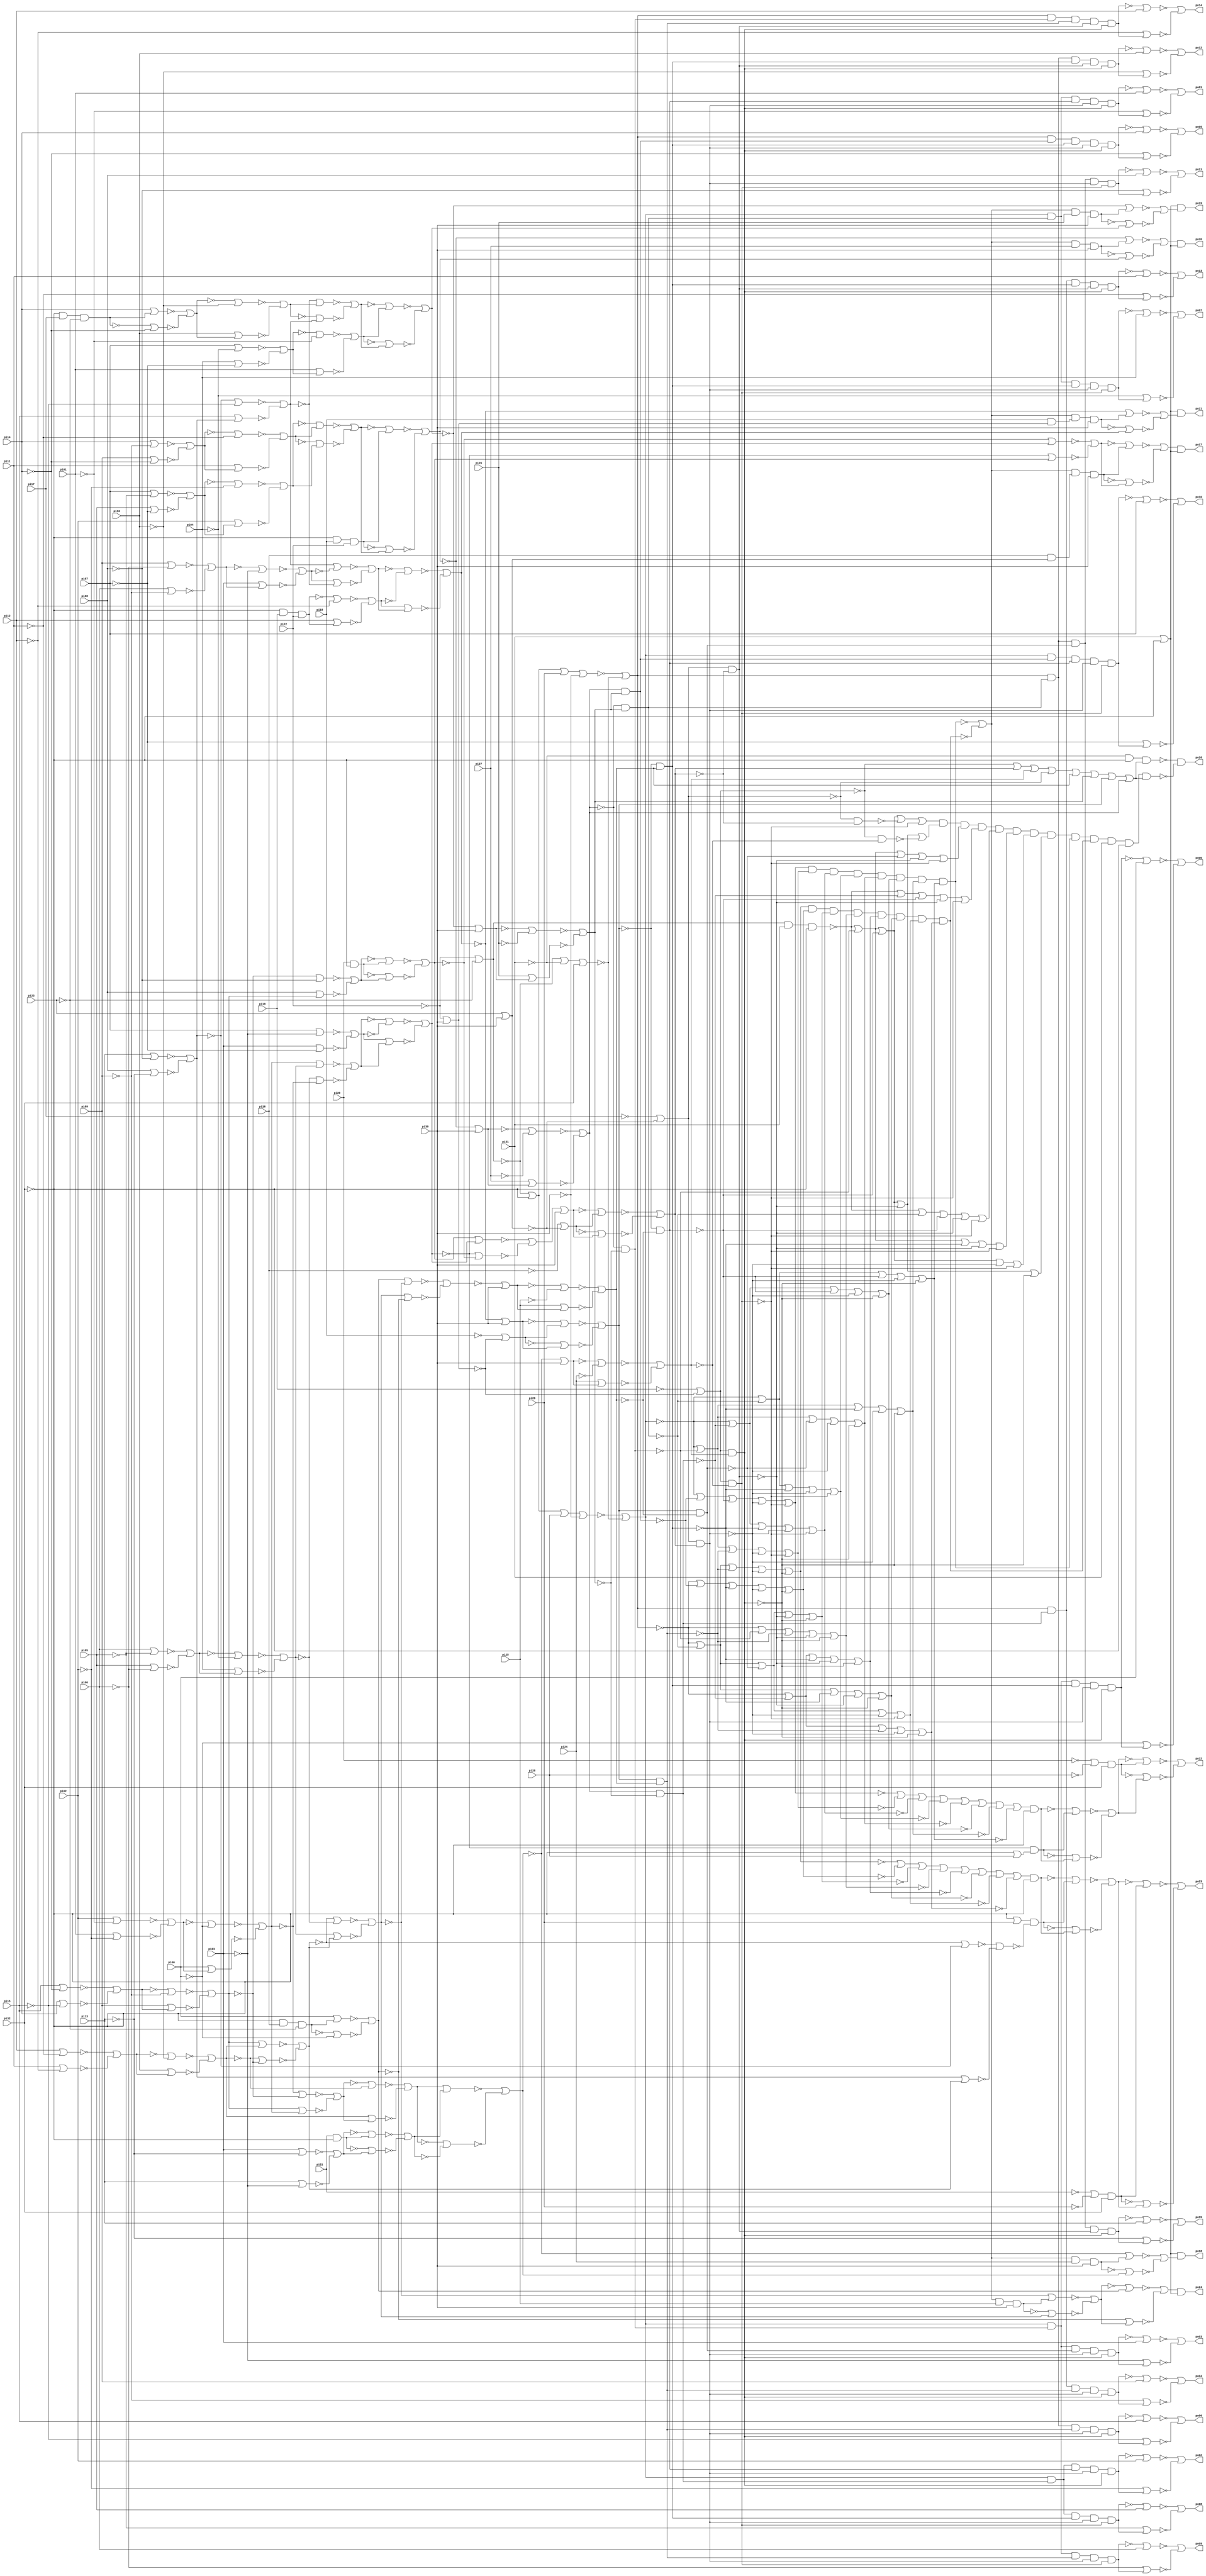
// Benchmark "C1908.iscas" written by ABC on Thu Mar 19 13:02:35 2020

module C1908_iscas  ( 
    pi00, pi01, pi02, pi03, pi04, pi05, pi06, pi07, pi08, pi09, pi10, pi11,
    pi12, pi13, pi14, pi15, pi16, pi17, pi18, pi19, pi20, pi21, pi22, pi23,
    pi24, pi25, pi26, pi27, pi28, pi29, pi30, pi31, pi32,
    po00, po01, po02, po03, po04, po05, po06, po07, po08, po09, po10, po11,
    po12, po13, po14, po15, po16, po17, po18, po19, po20, po21, po22, po23,
    po24  );
  input  pi00, pi01, pi02, pi03, pi04, pi05, pi06, pi07, pi08, pi09,
    pi10, pi11, pi12, pi13, pi14, pi15, pi16, pi17, pi18, pi19, pi20, pi21,
    pi22, pi23, pi24, pi25, pi26, pi27, pi28, pi29, pi30, pi31, pi32;
  output po00, po01, po02, po03, po04, po05, po06, po07, po08, po09, po10,
    po11, po12, po13, po14, po15, po16, po17, po18, po19, po20, po21, po22,
    po23, po24;
  wire new_n59_, new_n60_, new_n61_, new_n62_, new_n63_, new_n64_, new_n65_,
    new_n66_, new_n67_, new_n68_, new_n69_, new_n70_, new_n71_, new_n72_,
    new_n73_, new_n74_, new_n75_, new_n76_, new_n77_, new_n78_, new_n79_,
    new_n80_, new_n81_, new_n82_, new_n83_, new_n84_, new_n85_, new_n86_,
    new_n87_, new_n88_, new_n89_, new_n90_, new_n91_, new_n92_, new_n93_,
    new_n94_, new_n95_, new_n96_, new_n97_, new_n98_, new_n99_, new_n100_,
    new_n101_, new_n102_, new_n103_, new_n104_, new_n105_, new_n106_,
    new_n107_, new_n108_, new_n109_, new_n110_, new_n111_, new_n112_,
    new_n113_, new_n114_, new_n115_, new_n116_, new_n117_, new_n118_,
    new_n119_, new_n120_, new_n121_, new_n122_, new_n123_, new_n124_,
    new_n125_, new_n126_, new_n127_, new_n128_, new_n129_, new_n130_,
    new_n131_, new_n132_, new_n133_, new_n134_, new_n135_, new_n136_,
    new_n137_, new_n138_, new_n139_, new_n140_, new_n141_, new_n142_,
    new_n143_, new_n144_, new_n145_, new_n146_, new_n147_, new_n148_,
    new_n149_, new_n150_, new_n151_, new_n152_, new_n153_, new_n154_,
    new_n155_, new_n156_, new_n157_, new_n158_, new_n159_, new_n160_,
    new_n161_, new_n162_, new_n163_, new_n164_, new_n165_, new_n166_,
    new_n167_, new_n168_, new_n169_, new_n170_, new_n171_, new_n172_,
    new_n173_, new_n174_, new_n175_, new_n176_, new_n177_, new_n178_,
    new_n179_, new_n180_, new_n181_, new_n182_, new_n183_, new_n184_,
    new_n185_, new_n186_, new_n187_, new_n188_, new_n189_, new_n190_,
    new_n191_, new_n192_, new_n193_, new_n194_, new_n195_, new_n196_,
    new_n197_, new_n198_, new_n199_, new_n200_, new_n201_, new_n202_,
    new_n203_, new_n204_, new_n205_, new_n206_, new_n207_, new_n208_,
    new_n209_, new_n210_, new_n211_, new_n212_, new_n213_, new_n214_,
    new_n215_, new_n216_, new_n217_, new_n218_, new_n219_, new_n220_,
    new_n221_, new_n222_, new_n223_, new_n224_, new_n225_, new_n226_,
    new_n227_, new_n228_, new_n229_, new_n230_, new_n231_, new_n232_,
    new_n233_, new_n234_, new_n235_, new_n236_, new_n237_, new_n238_,
    new_n239_, new_n240_, new_n241_, new_n242_, new_n243_, new_n244_,
    new_n245_, new_n246_, new_n247_, new_n248_, new_n249_, new_n250_,
    new_n251_, new_n252_, new_n253_, new_n254_, new_n255_, new_n256_,
    new_n257_, new_n258_, new_n259_, new_n260_, new_n261_, new_n262_,
    new_n263_, new_n264_, new_n265_, new_n266_, new_n267_, new_n268_,
    new_n269_, new_n270_, new_n271_, new_n272_, new_n273_, new_n274_,
    new_n275_, new_n276_, new_n277_, new_n278_, new_n279_, new_n280_,
    new_n281_, new_n282_, new_n283_, new_n284_, new_n285_, new_n286_,
    new_n287_, new_n288_, new_n289_, new_n290_, new_n291_, new_n292_,
    new_n293_, new_n294_, new_n295_, new_n296_, new_n297_, new_n298_,
    new_n299_, new_n300_, new_n301_, new_n302_, new_n303_, new_n304_,
    new_n305_, new_n306_, new_n307_, new_n308_, new_n309_, new_n310_,
    new_n311_, new_n312_, new_n313_, new_n314_, new_n315_, new_n316_,
    new_n317_, new_n318_, new_n319_, new_n320_, new_n321_, new_n322_,
    new_n323_, new_n324_, new_n325_, new_n326_, new_n327_, new_n328_,
    new_n329_, new_n330_, new_n331_, new_n332_, new_n333_, new_n334_,
    new_n335_, new_n336_, new_n337_, new_n338_, new_n339_, new_n340_,
    new_n341_, new_n342_, new_n343_, new_n344_, new_n345_, new_n346_,
    new_n347_, new_n348_, new_n349_, new_n350_, new_n351_, new_n352_,
    new_n353_, new_n354_, new_n355_, new_n356_, new_n357_, new_n358_,
    new_n359_, new_n360_, new_n361_, new_n362_, new_n363_, new_n364_,
    new_n365_, new_n366_, new_n367_, new_n368_, new_n369_, new_n370_,
    new_n371_, new_n372_, new_n373_, new_n374_, new_n375_, new_n376_,
    new_n377_, new_n378_, new_n379_, new_n380_, new_n381_, new_n382_,
    new_n383_, new_n384_, new_n385_, new_n386_, new_n387_, new_n388_,
    new_n389_, new_n390_, new_n391_, new_n392_, new_n393_, new_n394_,
    new_n395_, new_n396_, new_n397_, new_n398_, new_n399_, new_n400_,
    new_n401_, new_n402_, new_n403_, new_n404_, new_n405_, new_n406_,
    new_n407_, new_n408_, new_n409_, new_n410_, new_n411_, new_n412_,
    new_n413_, new_n414_, new_n415_, new_n416_, new_n417_, new_n418_,
    new_n419_, new_n420_, new_n421_, new_n422_, new_n423_, new_n424_,
    new_n425_, new_n426_, new_n427_, new_n428_, new_n429_, new_n430_,
    new_n431_, new_n432_, new_n433_, new_n434_, new_n435_, new_n436_,
    new_n437_, new_n438_, new_n439_, new_n440_, new_n441_, new_n442_,
    new_n443_, new_n444_, new_n445_, new_n446_, new_n447_, new_n448_,
    new_n449_, new_n450_, new_n451_, new_n452_, new_n453_, new_n454_,
    new_n455_, new_n456_, new_n457_, new_n458_, new_n459_, new_n460_,
    new_n461_, new_n462_, new_n463_, new_n464_, new_n465_, new_n466_,
    new_n467_, new_n468_, new_n469_, new_n470_, new_n471_, new_n472_,
    new_n473_, new_n474_, new_n475_, new_n476_, new_n477_, new_n478_,
    new_n479_, new_n480_, new_n481_, new_n482_, new_n483_, new_n484_,
    new_n485_, new_n486_, new_n487_, new_n488_, new_n489_, new_n490_,
    new_n491_, new_n492_, new_n493_, new_n494_, new_n495_, new_n496_,
    new_n497_, new_n498_, new_n499_, new_n500_, new_n501_, new_n502_,
    new_n503_, new_n504_, new_n505_, new_n506_, new_n507_, new_n508_,
    new_n509_, new_n510_, new_n511_, new_n512_, new_n513_, new_n514_,
    new_n515_, new_n516_, new_n517_, new_n518_, new_n519_, new_n520_,
    new_n521_, new_n522_, new_n523_, new_n524_, new_n525_, new_n526_,
    new_n527_, new_n528_, new_n529_, new_n530_, new_n531_, new_n532_,
    new_n533_, new_n534_, new_n535_, new_n536_, new_n537_, new_n538_,
    new_n539_, new_n540_, new_n541_, new_n542_, new_n543_, new_n544_,
    new_n545_, new_n546_, new_n547_, new_n548_, new_n549_, new_n550_,
    new_n551_, new_n552_, new_n553_, new_n554_, new_n555_, new_n556_,
    new_n557_, new_n558_, new_n559_, new_n560_, new_n561_, new_n562_,
    new_n563_, new_n564_, new_n565_, new_n566_, new_n567_, new_n568_,
    new_n569_, new_n570_, new_n571_, new_n572_, new_n573_, new_n574_,
    new_n575_, new_n576_, new_n577_, new_n578_, new_n579_, new_n580_,
    new_n581_, new_n582_, new_n583_, new_n584_, new_n585_, new_n586_,
    new_n587_, new_n588_, new_n589_, new_n590_, new_n591_, new_n592_,
    new_n593_, new_n594_, new_n595_, new_n596_, new_n597_, new_n598_,
    new_n599_, new_n600_, new_n601_, new_n602_, new_n603_, new_n604_,
    new_n605_, new_n606_, new_n607_, new_n608_, new_n609_, new_n610_,
    new_n611_, new_n612_, new_n613_, new_n614_, new_n615_, new_n616_,
    new_n617_, new_n618_, new_n619_, new_n620_, new_n621_, new_n622_,
    new_n623_, new_n624_, new_n625_, new_n626_, new_n627_, new_n628_,
    new_n629_, new_n630_, new_n631_, new_n632_, new_n633_, new_n634_,
    new_n635_, new_n636_, new_n637_, new_n638_, new_n639_, new_n640_,
    new_n641_, new_n642_, new_n643_, new_n644_, new_n645_, new_n646_,
    new_n647_, new_n648_, new_n649_, new_n650_, new_n651_, new_n652_,
    new_n653_, new_n654_, new_n655_, new_n656_, new_n657_, new_n658_,
    new_n659_, new_n660_, new_n661_, new_n662_, new_n663_, new_n664_,
    new_n665_, new_n666_, new_n667_, new_n668_, new_n669_, new_n670_,
    new_n671_, new_n672_, new_n673_, new_n674_, new_n675_, new_n676_,
    new_n677_, new_n678_, new_n679_, new_n680_, new_n681_, new_n682_,
    new_n683_, new_n684_, new_n685_, new_n686_, new_n687_, new_n688_,
    new_n689_, new_n690_, new_n691_, new_n692_, new_n693_, new_n694_,
    new_n695_, new_n696_, new_n697_, new_n698_, new_n699_, new_n700_,
    new_n701_, new_n702_, new_n703_, new_n704_, new_n705_, new_n706_,
    new_n707_, new_n708_, new_n709_, new_n710_, new_n711_, new_n712_,
    new_n713_, new_n714_, new_n715_, new_n716_, new_n717_, new_n718_,
    new_n719_, new_n720_, new_n721_, new_n722_, new_n723_, new_n724_,
    new_n725_, new_n726_, new_n727_, new_n728_, new_n729_, new_n730_,
    new_n731_, new_n732_, new_n733_, new_n734_, new_n735_, new_n736_,
    new_n737_, new_n738_, new_n739_, new_n740_, new_n741_, new_n742_,
    new_n743_, new_n744_, new_n745_, new_n746_, new_n747_, new_n748_,
    new_n749_, new_n750_, new_n751_, new_n752_, new_n753_, new_n754_,
    new_n755_, new_n756_, new_n757_, new_n758_, new_n759_, new_n760_,
    new_n761_, new_n762_, new_n763_, new_n764_, new_n765_, new_n766_,
    new_n767_, new_n768_, new_n769_, new_n770_, new_n771_, new_n772_,
    new_n773_, new_n774_, new_n775_, new_n776_, new_n777_, new_n778_,
    new_n779_, new_n780_, new_n781_, new_n782_, new_n783_, new_n784_,
    new_n785_, new_n786_, new_n787_, new_n788_, new_n789_, new_n790_,
    new_n791_, new_n792_, new_n793_, new_n794_, new_n795_, new_n796_,
    new_n797_, new_n798_, new_n799_, new_n800_, new_n801_, new_n802_,
    new_n803_, new_n804_, new_n805_, new_n806_, new_n807_, new_n808_,
    new_n809_, new_n810_, new_n811_, new_n812_, new_n813_, new_n814_,
    new_n815_, new_n816_, new_n817_, new_n818_, new_n819_, new_n820_,
    new_n821_, new_n822_, new_n823_, new_n824_, new_n825_, new_n826_,
    new_n827_, new_n828_, new_n829_, new_n830_, new_n831_, new_n832_,
    new_n833_, new_n834_, new_n835_, new_n836_, new_n837_, new_n838_,
    new_n839_, new_n840_, new_n841_, new_n842_, new_n843_, new_n844_,
    new_n845_, new_n846_, new_n847_, new_n848_, new_n849_, new_n850_,
    new_n851_, new_n852_, new_n853_, new_n854_, new_n855_, new_n856_,
    new_n857_, new_n858_, new_n859_, new_n860_, new_n861_, new_n862_,
    new_n863_, new_n864_, new_n865_, new_n866_, new_n867_, new_n868_,
    new_n869_, new_n870_, new_n871_, new_n872_, new_n873_, new_n874_,
    new_n875_, new_n893_, new_n894_, new_n895_, new_n896_, new_n897_,
    new_n898_, new_n899_, new_n900_, new_n901_, new_n902_, new_n903_,
    new_n904_, new_n905_, new_n906_, new_n907_, new_n908_, new_n909_,
    new_n910_, new_n911_, new_n912_, new_n913_, new_n914_, new_n915_,
    new_n916_, new_n917_, new_n918_, new_n919_, new_n920_, new_n921_,
    new_n922_, new_n923_, new_n924_, new_n930_, new_n931_, new_n932_,
    new_n933_, new_n936_, new_n937_;
  assign new_n59_ = ~pi32;
  assign new_n60_ = pi32;
  assign new_n61_ = pi32;
  assign new_n62_ = ~pi32;
  assign new_n63_ = pi32;
  assign new_n64_ = ~pi32;
  assign new_n65_ = ~pi32;
  assign new_n66_ = ~pi31;
  assign new_n67_ = ~pi31;
  assign new_n68_ = pi31;
  assign new_n69_ = ~pi30;
  assign new_n70_ = pi30;
  assign new_n71_ = ~pi30;
  assign new_n72_ = pi30;
  assign new_n73_ = ~pi29;
  assign new_n74_ = ~pi28;
  assign new_n75_ = ~pi27;
  assign new_n76_ = ~pi26;
  assign new_n77_ = ~pi25;
  assign new_n78_ = ~pi24;
  assign new_n79_ = ~pi23;
  assign new_n80_ = ~pi23;
  assign new_n81_ = pi22;
  assign new_n82_ = pi22;
  assign new_n83_ = ~pi21 | ~pi29;
  assign new_n84_ = ~pi20 | ~pi28;
  assign new_n85_ = ~pi15;
  assign new_n86_ = pi15;
  assign new_n87_ = ~pi14;
  assign new_n88_ = pi14;
  assign new_n89_ = ~pi13;
  assign new_n90_ = pi13;
  assign new_n91_ = ~pi12;
  assign new_n92_ = pi12;
  assign new_n93_ = ~pi11;
  assign new_n94_ = pi11;
  assign new_n95_ = ~pi10;
  assign new_n96_ = pi10;
  assign new_n97_ = ~pi09;
  assign new_n98_ = pi09;
  assign new_n99_ = ~pi08;
  assign new_n100_ = pi08;
  assign new_n101_ = ~pi07;
  assign new_n102_ = pi07;
  assign new_n103_ = ~pi06;
  assign new_n104_ = pi06;
  assign new_n105_ = ~pi05;
  assign new_n106_ = pi05;
  assign new_n107_ = ~pi04;
  assign new_n108_ = pi04;
  assign new_n109_ = ~pi03;
  assign new_n110_ = pi03;
  assign new_n111_ = ~pi02;
  assign new_n112_ = pi02;
  assign new_n113_ = ~pi01;
  assign new_n114_ = pi01;
  assign new_n115_ = ~pi00;
  assign new_n116_ = pi00;
  assign new_n117_ = ~new_n67_ | ~new_n60_;
  assign new_n118_ = ~new_n67_ | ~new_n60_;
  assign new_n119_ = ~new_n67_ | ~new_n60_;
  assign new_n120_ = ~new_n67_ | ~new_n60_;
  assign new_n121_ = ~new_n67_ | ~new_n60_;
  assign new_n122_ = ~new_n67_ | ~new_n60_;
  assign new_n123_ = ~new_n61_ | ~new_n74_;
  assign new_n124_ = ~new_n61_ | ~new_n73_;
  assign new_n125_ = new_n84_ & new_n63_;
  assign new_n126_ = new_n83_ & new_n63_;
  assign new_n127_ = ~new_n81_ | ~new_n69_;
  assign new_n128_ = ~new_n79_ | ~new_n69_;
  assign new_n129_ = new_n75_;
  assign new_n130_ = new_n75_;
  assign new_n131_ = new_n76_;
  assign new_n132_ = new_n76_;
  assign new_n133_ = new_n77_;
  assign new_n134_ = new_n77_;
  assign new_n135_ = new_n78_;
  assign new_n136_ = new_n78_;
  assign new_n137_ = ~new_n81_ | ~pi23;
  assign new_n138_ = pi21 & new_n62_;
  assign new_n139_ = pi20 & new_n62_;
  assign new_n140_ = new_n62_ & pi19 & new_n82_;
  assign new_n141_ = new_n62_ & pi18 & new_n82_;
  assign new_n142_ = new_n62_ & pi17 & new_n80_;
  assign new_n143_ = new_n62_ & pi16 & new_n80_;
  assign new_n144_ = new_n85_;
  assign new_n145_ = new_n85_;
  assign new_n146_ = new_n85_;
  assign new_n147_ = ~new_n86_;
  assign new_n148_ = new_n87_;
  assign new_n149_ = new_n87_;
  assign new_n150_ = new_n87_;
  assign new_n151_ = ~new_n88_;
  assign new_n152_ = new_n89_;
  assign new_n153_ = new_n89_;
  assign new_n154_ = new_n89_;
  assign new_n155_ = ~new_n90_;
  assign new_n156_ = new_n91_;
  assign new_n157_ = new_n91_;
  assign new_n158_ = new_n91_;
  assign new_n159_ = ~new_n92_;
  assign new_n160_ = new_n93_;
  assign new_n161_ = new_n93_;
  assign new_n162_ = ~new_n94_;
  assign new_n163_ = new_n95_;
  assign new_n164_ = new_n95_;
  assign new_n165_ = ~new_n96_;
  assign new_n166_ = new_n97_;
  assign new_n167_ = new_n97_;
  assign new_n168_ = new_n97_;
  assign new_n169_ = ~new_n98_;
  assign new_n170_ = new_n99_;
  assign new_n171_ = new_n99_;
  assign new_n172_ = new_n99_;
  assign new_n173_ = new_n99_;
  assign new_n174_ = ~new_n100_;
  assign new_n175_ = new_n101_;
  assign new_n176_ = new_n101_;
  assign new_n177_ = new_n101_;
  assign new_n178_ = ~new_n102_;
  assign new_n179_ = new_n103_;
  assign new_n180_ = new_n103_;
  assign new_n181_ = new_n103_;
  assign new_n182_ = ~new_n104_;
  assign new_n183_ = new_n105_;
  assign new_n184_ = new_n105_;
  assign new_n185_ = ~new_n106_;
  assign new_n186_ = new_n107_;
  assign new_n187_ = new_n107_;
  assign new_n188_ = ~new_n108_;
  assign new_n189_ = new_n109_;
  assign new_n190_ = new_n109_;
  assign new_n191_ = new_n109_;
  assign new_n192_ = new_n109_;
  assign new_n193_ = ~new_n110_;
  assign new_n194_ = new_n111_;
  assign new_n195_ = new_n111_;
  assign new_n196_ = new_n111_;
  assign new_n197_ = ~new_n112_;
  assign new_n198_ = new_n113_;
  assign new_n199_ = new_n113_;
  assign new_n200_ = ~new_n114_;
  assign new_n201_ = new_n115_;
  assign new_n202_ = new_n115_;
  assign new_n203_ = new_n115_;
  assign new_n204_ = ~new_n116_;
  assign new_n205_ = new_n137_ & new_n68_ & new_n59_;
  assign new_n206_ = ~new_n137_ | ~new_n68_ | ~new_n59_;
  assign new_n207_ = ~new_n137_ | ~new_n61_ | ~new_n74_ | ~new_n70_;
  assign new_n208_ = ~new_n137_ | ~new_n61_ | ~new_n73_ | ~new_n70_;
  assign new_n209_ = ~new_n125_;
  assign new_n210_ = ~new_n126_;
  assign new_n211_ = ~new_n129_;
  assign new_n212_ = ~new_n130_;
  assign new_n213_ = ~new_n131_;
  assign new_n214_ = ~new_n132_;
  assign new_n215_ = ~new_n133_;
  assign new_n216_ = ~new_n134_;
  assign new_n217_ = ~new_n135_;
  assign new_n218_ = ~new_n136_;
  assign new_n219_ = new_n138_;
  assign new_n220_ = new_n138_;
  assign new_n221_ = new_n139_;
  assign new_n222_ = new_n139_;
  assign new_n223_ = ~pi19 | ~new_n127_;
  assign new_n224_ = ~new_n140_;
  assign new_n225_ = ~pi18 | ~new_n127_;
  assign new_n226_ = pi18 & new_n127_;
  assign new_n227_ = ~new_n141_;
  assign new_n228_ = ~pi17 | ~new_n128_;
  assign new_n229_ = ~new_n142_;
  assign new_n230_ = ~pi16 | ~new_n128_;
  assign new_n231_ = pi16 & new_n128_;
  assign new_n232_ = new_n143_;
  assign new_n233_ = new_n143_;
  assign new_n234_ = ~new_n144_;
  assign new_n235_ = ~new_n145_;
  assign new_n236_ = new_n146_;
  assign new_n237_ = new_n146_;
  assign new_n238_ = new_n148_;
  assign new_n239_ = new_n148_;
  assign new_n240_ = ~new_n149_;
  assign new_n241_ = ~new_n150_;
  assign new_n242_ = new_n152_;
  assign new_n243_ = new_n152_;
  assign new_n244_ = ~new_n153_;
  assign new_n245_ = new_n154_;
  assign new_n246_ = new_n154_;
  assign new_n247_ = ~new_n156_;
  assign new_n248_ = ~new_n157_;
  assign new_n249_ = ~new_n158_;
  assign new_n250_ = new_n160_;
  assign new_n251_ = new_n160_;
  assign new_n252_ = ~new_n161_;
  assign new_n253_ = new_n163_;
  assign new_n254_ = new_n163_;
  assign new_n255_ = ~new_n164_;
  assign new_n256_ = new_n166_;
  assign new_n257_ = new_n166_;
  assign new_n258_ = ~new_n167_;
  assign new_n259_ = ~new_n168_;
  assign new_n260_ = new_n170_;
  assign new_n261_ = new_n170_;
  assign new_n262_ = ~new_n171_;
  assign new_n263_ = ~new_n172_;
  assign new_n264_ = ~new_n173_;
  assign new_n265_ = ~new_n175_;
  assign new_n266_ = ~new_n176_;
  assign new_n267_ = ~new_n177_;
  assign new_n268_ = ~new_n179_;
  assign new_n269_ = ~new_n180_;
  assign new_n270_ = ~new_n181_;
  assign new_n271_ = new_n183_;
  assign new_n272_ = new_n183_;
  assign new_n273_ = ~new_n184_;
  assign new_n274_ = new_n186_;
  assign new_n275_ = new_n186_;
  assign new_n276_ = ~new_n187_;
  assign new_n277_ = ~new_n189_;
  assign new_n278_ = ~new_n190_;
  assign new_n279_ = ~new_n191_;
  assign new_n280_ = ~new_n192_;
  assign new_n281_ = ~new_n194_;
  assign new_n282_ = ~new_n195_;
  assign new_n283_ = ~new_n196_;
  assign new_n284_ = new_n198_;
  assign new_n285_ = new_n198_;
  assign new_n286_ = ~new_n199_;
  assign new_n287_ = new_n201_;
  assign new_n288_ = new_n201_;
  assign new_n289_ = ~new_n202_;
  assign new_n290_ = ~new_n203_;
  assign new_n291_ = ~new_n207_ | ~new_n206_;
  assign new_n292_ = ~new_n208_ | ~new_n206_;
  assign new_n293_ = ~new_n219_;
  assign new_n294_ = ~new_n220_;
  assign new_n295_ = ~new_n221_;
  assign new_n296_ = ~new_n222_;
  assign new_n297_ = ~new_n223_;
  assign new_n298_ = new_n223_;
  assign new_n299_ = ~new_n140_ | ~new_n249_;
  assign new_n300_ = new_n225_;
  assign new_n301_ = new_n225_;
  assign new_n302_ = ~new_n228_;
  assign new_n303_ = new_n228_;
  assign new_n304_ = ~new_n142_ | ~new_n240_;
  assign new_n305_ = new_n230_;
  assign new_n306_ = new_n230_;
  assign new_n307_ = ~new_n232_;
  assign new_n308_ = ~new_n232_ | ~new_n289_;
  assign new_n309_ = ~new_n233_ | ~new_n290_;
  assign new_n310_ = ~new_n233_;
  assign new_n311_ = ~new_n238_ | ~new_n234_;
  assign new_n312_ = ~new_n239_ | ~new_n235_;
  assign new_n313_ = ~new_n236_;
  assign new_n314_ = ~new_n237_;
  assign new_n315_ = ~new_n238_;
  assign new_n316_ = ~new_n239_;
  assign new_n317_ = ~new_n149_ | ~new_n229_;
  assign new_n318_ = ~new_n150_ | ~new_n258_;
  assign new_n319_ = ~new_n242_ | ~new_n278_;
  assign new_n320_ = ~new_n242_;
  assign new_n321_ = ~new_n243_ | ~new_n279_;
  assign new_n322_ = ~new_n243_;
  assign new_n323_ = ~new_n153_ | ~new_n262_;
  assign new_n324_ = ~new_n245_ | ~new_n263_;
  assign new_n325_ = ~new_n245_;
  assign new_n326_ = ~new_n246_ | ~new_n264_;
  assign new_n327_ = ~new_n246_;
  assign new_n328_ = ~new_n250_ | ~new_n247_;
  assign new_n329_ = ~new_n251_ | ~new_n248_;
  assign new_n330_ = ~new_n158_ | ~new_n224_;
  assign new_n331_ = ~new_n250_;
  assign new_n332_ = ~new_n251_;
  assign new_n333_ = ~new_n253_;
  assign new_n334_ = ~new_n254_;
  assign new_n335_ = ~new_n256_;
  assign new_n336_ = ~new_n257_;
  assign new_n337_ = ~new_n167_ | ~new_n241_;
  assign new_n338_ = ~new_n168_ | ~new_n270_;
  assign new_n339_ = ~new_n260_;
  assign new_n340_ = ~new_n261_;
  assign new_n341_ = ~new_n171_ | ~new_n244_;
  assign new_n342_ = ~new_n175_ | ~new_n277_;
  assign new_n343_ = ~new_n176_ | ~new_n276_;
  assign new_n344_ = ~new_n177_ | ~new_n273_;
  assign new_n345_ = ~new_n271_ | ~new_n268_;
  assign new_n346_ = ~new_n272_ | ~new_n269_;
  assign new_n347_ = ~new_n181_ | ~new_n259_;
  assign new_n348_ = ~new_n271_;
  assign new_n349_ = ~new_n272_;
  assign new_n350_ = ~new_n184_ | ~new_n267_;
  assign new_n351_ = ~new_n274_;
  assign new_n352_ = ~new_n275_;
  assign new_n353_ = ~new_n187_ | ~new_n266_;
  assign new_n354_ = ~new_n189_ | ~new_n265_;
  assign new_n355_ = ~new_n284_ | ~new_n281_;
  assign new_n356_ = ~new_n285_ | ~new_n282_;
  assign new_n357_ = ~new_n284_;
  assign new_n358_ = ~new_n285_;
  assign new_n359_ = ~new_n287_;
  assign new_n360_ = ~new_n288_;
  assign new_n361_ = ~new_n299_ | ~new_n330_;
  assign new_n362_ = ~new_n300_;
  assign new_n363_ = ~new_n301_;
  assign new_n364_ = ~new_n317_ | ~new_n304_;
  assign new_n365_ = ~new_n305_;
  assign new_n366_ = ~new_n306_;
  assign new_n367_ = ~new_n144_ | ~new_n315_;
  assign new_n368_ = ~new_n145_ | ~new_n316_;
  assign new_n369_ = ~new_n318_ | ~new_n337_;
  assign new_n370_ = ~new_n323_ | ~new_n341_;
  assign new_n371_ = ~new_n156_ | ~new_n331_;
  assign new_n372_ = ~new_n157_ | ~new_n332_;
  assign new_n373_ = ~new_n338_ | ~new_n347_;
  assign new_n374_ = ~new_n172_ | ~new_n325_;
  assign new_n375_ = ~new_n173_ | ~new_n327_;
  assign new_n376_ = ~new_n342_ | ~new_n354_;
  assign new_n377_ = ~new_n343_ | ~new_n353_;
  assign new_n378_ = ~new_n344_ | ~new_n350_;
  assign new_n379_ = ~new_n179_ | ~new_n348_;
  assign new_n380_ = ~new_n180_ | ~new_n349_;
  assign new_n381_ = ~new_n190_ | ~new_n320_;
  assign new_n382_ = ~new_n191_ | ~new_n322_;
  assign new_n383_ = ~new_n194_ | ~new_n357_;
  assign new_n384_ = ~new_n195_ | ~new_n358_;
  assign new_n385_ = ~new_n202_ | ~new_n307_;
  assign new_n386_ = ~new_n203_ | ~new_n310_;
  assign new_n387_ = ~new_n361_;
  assign new_n388_ = ~new_n364_;
  assign new_n389_ = ~new_n385_ | ~new_n308_;
  assign new_n390_ = ~new_n386_ | ~new_n309_;
  assign new_n391_ = ~new_n367_ | ~new_n311_;
  assign new_n392_ = ~new_n368_ | ~new_n312_;
  assign new_n393_ = ~new_n369_;
  assign new_n394_ = ~new_n381_ | ~new_n319_;
  assign new_n395_ = ~new_n382_ | ~new_n321_;
  assign new_n396_ = ~new_n370_;
  assign new_n397_ = ~new_n374_ | ~new_n324_;
  assign new_n398_ = ~new_n375_ | ~new_n326_;
  assign new_n399_ = ~new_n371_ | ~new_n328_;
  assign new_n400_ = ~new_n372_ | ~new_n329_;
  assign new_n401_ = ~new_n369_ | ~new_n252_;
  assign new_n402_ = ~new_n364_ | ~new_n255_;
  assign new_n403_ = ~new_n373_;
  assign new_n404_ = ~new_n376_;
  assign new_n405_ = ~new_n377_;
  assign new_n406_ = ~new_n378_;
  assign new_n407_ = ~new_n379_ | ~new_n345_;
  assign new_n408_ = ~new_n380_ | ~new_n346_;
  assign new_n409_ = ~new_n373_ | ~new_n280_;
  assign new_n410_ = ~new_n383_ | ~new_n355_;
  assign new_n411_ = ~new_n384_ | ~new_n356_;
  assign new_n412_ = ~new_n378_ | ~new_n283_;
  assign new_n413_ = ~new_n377_ | ~new_n286_;
  assign new_n414_ = ~new_n394_ | ~new_n293_;
  assign new_n415_ = ~new_n395_ | ~new_n294_;
  assign new_n416_ = ~new_n387_;
  assign new_n417_ = ~new_n389_;
  assign new_n418_ = ~new_n390_;
  assign new_n419_ = ~new_n391_;
  assign new_n420_ = ~new_n392_;
  assign new_n421_ = ~new_n397_ | ~new_n313_;
  assign new_n422_ = ~new_n398_ | ~new_n314_;
  assign new_n423_ = ~new_n394_;
  assign new_n424_ = ~new_n395_;
  assign new_n425_ = ~new_n396_;
  assign new_n426_ = ~new_n397_;
  assign new_n427_ = ~new_n398_;
  assign new_n428_ = ~new_n399_;
  assign new_n429_ = ~new_n400_;
  assign new_n430_ = ~new_n161_ | ~new_n393_;
  assign new_n431_ = ~new_n399_ | ~new_n333_;
  assign new_n432_ = ~new_n400_ | ~new_n334_;
  assign new_n433_ = ~new_n164_ | ~new_n388_;
  assign new_n434_ = ~new_n391_ | ~new_n335_;
  assign new_n435_ = ~new_n392_ | ~new_n336_;
  assign new_n436_ = new_n404_;
  assign new_n437_ = new_n404_;
  assign new_n438_ = ~new_n407_;
  assign new_n439_ = ~new_n408_;
  assign new_n440_ = ~new_n407_ | ~new_n351_;
  assign new_n441_ = ~new_n408_ | ~new_n352_;
  assign new_n442_ = ~new_n192_ | ~new_n403_;
  assign new_n443_ = ~new_n410_;
  assign new_n444_ = ~new_n411_;
  assign new_n445_ = ~new_n196_ | ~new_n406_;
  assign new_n446_ = ~new_n199_ | ~new_n405_;
  assign new_n447_ = ~new_n410_ | ~new_n359_;
  assign new_n448_ = ~new_n411_ | ~new_n360_;
  assign new_n449_ = ~new_n219_ | ~new_n423_;
  assign new_n450_ = ~new_n220_ | ~new_n424_;
  assign new_n451_ = ~new_n418_;
  assign new_n452_ = ~new_n236_ | ~new_n426_;
  assign new_n453_ = ~new_n237_ | ~new_n427_;
  assign new_n454_ = ~new_n401_ | ~new_n430_;
  assign new_n455_ = ~new_n253_ | ~new_n428_;
  assign new_n456_ = ~new_n254_ | ~new_n429_;
  assign new_n457_ = ~new_n402_ | ~new_n433_;
  assign new_n458_ = ~new_n256_ | ~new_n419_;
  assign new_n459_ = ~new_n257_ | ~new_n420_;
  assign new_n460_ = ~new_n436_;
  assign new_n461_ = ~new_n437_;
  assign new_n462_ = ~new_n274_ | ~new_n438_;
  assign new_n463_ = ~new_n275_ | ~new_n439_;
  assign new_n464_ = ~new_n409_ | ~new_n442_;
  assign new_n465_ = ~new_n412_ | ~new_n445_;
  assign new_n466_ = ~new_n413_ | ~new_n446_;
  assign new_n467_ = ~new_n287_ | ~new_n443_;
  assign new_n468_ = ~new_n288_ | ~new_n444_;
  assign new_n469_ = ~new_n414_ | ~new_n449_;
  assign new_n470_ = ~new_n415_ | ~new_n450_;
  assign new_n471_ = ~new_n421_ | ~new_n452_;
  assign new_n472_ = ~new_n422_ | ~new_n453_;
  assign new_n473_ = ~new_n454_;
  assign new_n474_ = ~new_n431_ | ~new_n455_;
  assign new_n475_ = ~new_n432_ | ~new_n456_;
  assign new_n476_ = ~new_n457_;
  assign new_n477_ = ~new_n434_ | ~new_n458_;
  assign new_n478_ = ~new_n435_ | ~new_n459_;
  assign new_n479_ = ~new_n440_ | ~new_n462_;
  assign new_n480_ = ~new_n441_ | ~new_n463_;
  assign new_n481_ = ~new_n464_;
  assign new_n482_ = ~new_n465_;
  assign new_n483_ = ~new_n466_;
  assign new_n484_ = ~new_n447_ | ~new_n467_;
  assign new_n485_ = ~new_n448_ | ~new_n468_;
  assign new_n486_ = ~new_n469_;
  assign new_n487_ = ~new_n470_;
  assign new_n488_ = ~new_n471_ | ~new_n476_;
  assign new_n489_ = ~new_n471_;
  assign new_n490_ = ~new_n472_;
  assign new_n491_ = ~new_n454_ | ~new_n482_;
  assign new_n492_ = ~new_n474_;
  assign new_n493_ = ~new_n475_;
  assign new_n494_ = new_n477_;
  assign new_n495_ = new_n477_;
  assign new_n496_ = new_n477_;
  assign new_n497_ = ~new_n478_;
  assign new_n498_ = new_n479_;
  assign new_n499_ = new_n479_;
  assign new_n500_ = ~new_n480_;
  assign new_n501_ = ~new_n481_;
  assign new_n502_ = ~new_n465_ | ~new_n473_;
  assign new_n503_ = new_n484_;
  assign new_n504_ = new_n484_;
  assign new_n505_ = ~new_n485_;
  assign new_n506_ = ~new_n487_;
  assign new_n507_ = ~new_n490_ | ~new_n501_;
  assign new_n508_ = ~new_n490_;
  assign new_n509_ = ~new_n502_ | ~new_n491_;
  assign new_n510_ = new_n493_;
  assign new_n511_ = new_n493_;
  assign new_n512_ = new_n493_;
  assign new_n513_ = ~new_n457_ | ~new_n489_;
  assign new_n514_ = ~new_n494_;
  assign new_n515_ = ~new_n495_;
  assign new_n516_ = new_n496_;
  assign new_n517_ = new_n496_;
  assign new_n518_ = new_n497_;
  assign new_n519_ = new_n497_;
  assign new_n520_ = ~new_n494_ | ~new_n339_;
  assign new_n521_ = ~new_n495_ | ~new_n340_;
  assign new_n522_ = ~new_n498_;
  assign new_n523_ = ~new_n499_;
  assign new_n524_ = new_n500_;
  assign new_n525_ = new_n500_;
  assign new_n526_ = ~new_n503_;
  assign new_n527_ = ~new_n504_;
  assign new_n528_ = new_n505_;
  assign new_n529_ = new_n505_;
  assign new_n530_ = ~new_n509_ | ~new_n227_;
  assign new_n531_ = ~new_n488_ | ~new_n513_;
  assign new_n532_ = ~new_n509_;
  assign new_n533_ = ~new_n519_ | ~new_n492_;
  assign new_n534_ = new_n510_;
  assign new_n535_ = new_n510_;
  assign new_n536_ = ~new_n511_;
  assign new_n537_ = ~new_n512_;
  assign new_n538_ = ~new_n516_;
  assign new_n539_ = ~new_n517_;
  assign new_n540_ = new_n518_;
  assign new_n541_ = new_n518_;
  assign new_n542_ = ~new_n519_;
  assign new_n543_ = ~new_n260_ | ~new_n514_;
  assign new_n544_ = ~new_n261_ | ~new_n515_;
  assign new_n545_ = ~new_n528_ | ~new_n522_;
  assign new_n546_ = ~new_n529_ | ~new_n523_;
  assign new_n547_ = ~new_n524_;
  assign new_n548_ = ~new_n525_;
  assign new_n549_ = ~new_n481_ | ~new_n508_;
  assign new_n550_ = ~new_n528_;
  assign new_n551_ = ~new_n529_;
  assign new_n552_ = ~new_n141_ | ~new_n532_;
  assign new_n553_ = ~new_n531_;
  assign new_n554_ = ~new_n507_ | ~new_n549_;
  assign new_n555_ = ~new_n474_ | ~new_n542_;
  assign new_n556_ = ~new_n534_;
  assign new_n557_ = ~new_n535_;
  assign new_n558_ = ~new_n511_ | ~new_n538_;
  assign new_n559_ = ~new_n512_ | ~new_n539_;
  assign new_n560_ = ~new_n516_ | ~new_n536_;
  assign new_n561_ = ~new_n517_ | ~new_n537_;
  assign new_n562_ = ~new_n540_;
  assign new_n563_ = ~new_n541_;
  assign new_n564_ = ~new_n520_ | ~new_n543_;
  assign new_n565_ = ~new_n521_ | ~new_n544_;
  assign new_n566_ = ~new_n498_ | ~new_n550_;
  assign new_n567_ = ~new_n499_ | ~new_n551_;
  assign new_n568_ = ~new_n531_ | ~new_n483_;
  assign new_n569_ = ~new_n540_ | ~new_n526_;
  assign new_n570_ = ~new_n541_ | ~new_n527_;
  assign new_n571_ = ~new_n564_ | ~new_n295_;
  assign new_n572_ = ~new_n565_ | ~new_n296_;
  assign new_n573_ = ~new_n554_ | ~new_n416_;
  assign new_n574_ = ~new_n530_ | ~new_n552_;
  assign new_n575_ = ~new_n554_;
  assign new_n576_ = ~new_n533_ | ~new_n555_;
  assign new_n577_ = ~new_n558_ | ~new_n560_;
  assign new_n578_ = ~new_n559_ | ~new_n561_;
  assign new_n579_ = ~new_n564_;
  assign new_n580_ = ~new_n565_;
  assign new_n581_ = ~new_n545_ | ~new_n566_;
  assign new_n582_ = ~new_n546_ | ~new_n567_;
  assign new_n583_ = ~new_n466_ | ~new_n553_;
  assign new_n584_ = ~new_n503_ | ~new_n562_;
  assign new_n585_ = ~new_n504_ | ~new_n563_;
  assign new_n586_ = ~new_n574_ | ~new_n71_;
  assign new_n587_ = ~new_n221_ | ~new_n579_;
  assign new_n588_ = ~new_n222_ | ~new_n580_;
  assign new_n589_ = ~new_n387_ | ~new_n575_;
  assign new_n590_ = new_n574_;
  assign new_n591_ = ~new_n576_ | ~new_n425_;
  assign new_n592_ = ~new_n576_;
  assign new_n593_ = ~new_n577_;
  assign new_n594_ = ~new_n578_;
  assign new_n595_ = ~new_n581_ | ~new_n460_;
  assign new_n596_ = ~new_n582_ | ~new_n461_;
  assign new_n597_ = ~new_n581_;
  assign new_n598_ = ~new_n582_;
  assign new_n599_ = ~new_n577_ | ~new_n547_;
  assign new_n600_ = ~new_n578_ | ~new_n548_;
  assign new_n601_ = ~new_n568_ | ~new_n583_;
  assign new_n602_ = ~new_n584_ | ~new_n569_;
  assign new_n603_ = ~new_n585_ | ~new_n570_;
  assign new_n604_ = ~new_n601_ | ~new_n71_;
  assign new_n605_ = new_n586_;
  assign new_n606_ = new_n586_;
  assign new_n607_ = ~new_n571_ | ~new_n587_;
  assign new_n608_ = ~new_n572_ | ~new_n588_;
  assign new_n609_ = ~new_n573_ | ~new_n589_;
  assign new_n610_ = ~new_n590_;
  assign new_n611_ = ~new_n396_ | ~new_n592_;
  assign new_n612_ = ~new_n602_ | ~new_n556_;
  assign new_n613_ = ~new_n603_ | ~new_n557_;
  assign new_n614_ = ~new_n436_ | ~new_n597_;
  assign new_n615_ = ~new_n437_ | ~new_n598_;
  assign new_n616_ = ~new_n524_ | ~new_n593_;
  assign new_n617_ = ~new_n525_ | ~new_n594_;
  assign new_n618_ = new_n601_;
  assign new_n619_ = ~new_n602_;
  assign new_n620_ = ~new_n603_;
  assign new_n621_ = new_n604_;
  assign new_n622_ = new_n604_;
  assign new_n623_ = ~new_n605_;
  assign new_n624_ = ~new_n606_;
  assign new_n625_ = ~new_n609_ | ~new_n71_;
  assign new_n626_ = ~new_n605_ | ~new_n211_;
  assign new_n627_ = ~new_n606_ | ~new_n212_;
  assign new_n628_ = ~new_n607_;
  assign new_n629_ = ~new_n608_;
  assign new_n630_ = new_n609_;
  assign new_n631_ = ~new_n591_ | ~new_n611_;
  assign new_n632_ = ~new_n534_ | ~new_n619_;
  assign new_n633_ = ~new_n535_ | ~new_n620_;
  assign new_n634_ = ~new_n595_ | ~new_n614_;
  assign new_n635_ = ~new_n596_ | ~new_n615_;
  assign new_n636_ = ~new_n599_ | ~new_n616_;
  assign new_n637_ = ~new_n600_ | ~new_n617_;
  assign new_n638_ = ~new_n618_;
  assign new_n639_ = ~new_n621_;
  assign new_n640_ = ~new_n622_;
  assign new_n641_ = new_n625_;
  assign new_n642_ = new_n625_;
  assign new_n643_ = ~new_n129_ | ~new_n623_;
  assign new_n644_ = ~new_n130_ | ~new_n624_;
  assign new_n645_ = ~new_n621_ | ~new_n213_;
  assign new_n646_ = ~new_n622_ | ~new_n214_;
  assign new_n647_ = ~new_n629_;
  assign new_n648_ = ~new_n630_;
  assign new_n649_ = ~new_n631_;
  assign new_n650_ = ~new_n612_ | ~new_n632_;
  assign new_n651_ = ~new_n613_ | ~new_n633_;
  assign new_n652_ = new_n634_;
  assign new_n653_ = new_n634_;
  assign new_n654_ = ~new_n635_;
  assign new_n655_ = ~new_n636_;
  assign new_n656_ = ~new_n637_;
  assign new_n657_ = new_n654_ & new_n123_;
  assign new_n658_ = new_n124_ & new_n649_;
  assign new_n659_ = ~new_n641_;
  assign new_n660_ = ~new_n642_;
  assign new_n661_ = ~new_n626_ | ~new_n643_;
  assign new_n662_ = ~new_n627_ | ~new_n644_;
  assign new_n663_ = ~new_n131_ | ~new_n639_;
  assign new_n664_ = ~new_n132_ | ~new_n640_;
  assign new_n665_ = ~new_n650_ | ~new_n506_;
  assign new_n666_ = ~new_n652_ | ~new_n628_;
  assign new_n667_ = ~new_n653_ | ~new_n647_;
  assign new_n668_ = ~new_n641_ | ~new_n362_;
  assign new_n669_ = ~new_n642_ | ~new_n363_;
  assign new_n670_ = ~new_n656_ | ~new_n451_;
  assign new_n671_ = ~new_n650_;
  assign new_n672_ = ~new_n651_;
  assign new_n673_ = ~new_n652_;
  assign new_n674_ = ~new_n653_;
  assign new_n675_ = ~new_n656_;
  assign new_n676_ = ~new_n657_;
  assign new_n677_ = ~new_n658_;
  assign new_n678_ = ~new_n661_;
  assign new_n679_ = new_n661_;
  assign new_n680_ = ~new_n662_;
  assign new_n681_ = ~new_n645_ | ~new_n663_;
  assign new_n682_ = ~new_n646_ | ~new_n664_;
  assign new_n683_ = ~new_n672_ | ~new_n486_;
  assign new_n684_ = ~new_n487_ | ~new_n671_;
  assign new_n685_ = ~new_n607_ | ~new_n673_;
  assign new_n686_ = ~new_n629_ | ~new_n674_;
  assign new_n687_ = ~new_n300_ | ~new_n659_;
  assign new_n688_ = ~new_n301_ | ~new_n660_;
  assign new_n689_ = ~new_n418_ | ~new_n675_;
  assign new_n690_ = ~new_n672_;
  assign new_n691_ = ~new_n681_;
  assign new_n692_ = new_n681_;
  assign new_n693_ = ~new_n682_;
  assign new_n694_ = ~new_n469_ | ~new_n690_;
  assign new_n695_ = ~new_n684_ | ~new_n665_;
  assign new_n696_ = ~new_n685_ | ~new_n666_;
  assign new_n697_ = ~new_n686_ | ~new_n667_;
  assign new_n698_ = ~new_n668_ | ~new_n687_;
  assign new_n699_ = ~new_n669_ | ~new_n688_;
  assign new_n700_ = ~new_n689_ | ~new_n670_;
  assign new_n701_ = ~new_n700_ | ~new_n71_;
  assign new_n702_ = new_n678_ & new_n691_;
  assign new_n703_ = new_n678_ & new_n692_;
  assign new_n704_ = new_n679_ & new_n691_;
  assign new_n705_ = new_n679_ & new_n692_;
  assign new_n706_ = ~new_n694_ | ~new_n683_;
  assign new_n707_ = ~new_n695_;
  assign new_n708_ = ~new_n696_;
  assign new_n709_ = ~new_n697_;
  assign new_n710_ = ~new_n698_;
  assign new_n711_ = new_n698_;
  assign new_n712_ = ~new_n699_;
  assign new_n713_ = ~new_n709_ | ~new_n71_;
  assign new_n714_ = ~new_n706_ | ~new_n71_;
  assign new_n715_ = new_n701_;
  assign new_n716_ = new_n701_;
  assign new_n717_ = new_n713_;
  assign new_n718_ = new_n713_;
  assign new_n719_ = new_n714_;
  assign new_n720_ = new_n714_;
  assign new_n721_ = ~new_n715_;
  assign new_n722_ = ~new_n716_;
  assign new_n723_ = ~new_n715_ | ~new_n215_;
  assign new_n724_ = ~new_n716_ | ~new_n216_;
  assign new_n725_ = ~new_n717_;
  assign new_n726_ = ~new_n718_;
  assign new_n727_ = ~new_n719_;
  assign new_n728_ = ~new_n720_;
  assign new_n729_ = ~new_n133_ | ~new_n721_;
  assign new_n730_ = ~new_n134_ | ~new_n722_;
  assign new_n731_ = ~new_n719_ | ~new_n217_;
  assign new_n732_ = ~new_n720_ | ~new_n218_;
  assign new_n733_ = ~new_n717_ | ~new_n365_;
  assign new_n734_ = ~new_n718_ | ~new_n366_;
  assign new_n735_ = ~new_n723_ | ~new_n729_;
  assign new_n736_ = ~new_n724_ | ~new_n730_;
  assign new_n737_ = ~new_n135_ | ~new_n727_;
  assign new_n738_ = ~new_n136_ | ~new_n728_;
  assign new_n739_ = ~new_n305_ | ~new_n725_;
  assign new_n740_ = ~new_n306_ | ~new_n726_;
  assign new_n741_ = ~new_n735_;
  assign new_n742_ = new_n735_;
  assign new_n743_ = ~new_n736_;
  assign new_n744_ = ~new_n731_ | ~new_n737_;
  assign new_n745_ = ~new_n732_ | ~new_n738_;
  assign new_n746_ = ~new_n733_ | ~new_n739_;
  assign new_n747_ = ~new_n734_ | ~new_n740_;
  assign new_n748_ = ~new_n744_;
  assign new_n749_ = ~new_n745_;
  assign new_n750_ = new_n298_ & new_n744_;
  assign new_n751_ = new_n710_ & new_n741_;
  assign new_n752_ = new_n710_ & new_n742_;
  assign new_n753_ = new_n711_ & new_n741_;
  assign new_n754_ = new_n711_ & new_n742_;
  assign new_n755_ = new_n303_ & new_n746_;
  assign new_n756_ = ~new_n746_;
  assign new_n757_ = ~new_n747_;
  assign new_n758_ = new_n297_ & new_n748_;
  assign new_n759_ = new_n298_ & new_n748_;
  assign new_n760_ = new_n750_;
  assign new_n761_ = new_n750_;
  assign new_n762_ = ~new_n223_ | ~new_n757_ | ~new_n749_ | ~new_n228_ | ~new_n743_ | ~new_n693_ | ~new_n712_ | ~new_n680_;
  assign new_n763_ = new_n302_ & new_n756_;
  assign new_n764_ = new_n303_ & new_n756_;
  assign new_n765_ = new_n755_;
  assign new_n766_ = new_n755_;
  assign new_n767_ = new_n66_ & new_n66_ & new_n59_ & new_n762_;
  assign new_n768_ = ~new_n205_ | ~new_n702_ | ~new_n751_ | ~new_n766_ | ~new_n759_;
  assign new_n769_ = ~new_n205_ | ~new_n702_ | ~new_n751_ | ~new_n764_ | ~new_n761_;
  assign new_n770_ = ~new_n205_ | ~new_n702_ | ~new_n752_ | ~new_n764_ | ~new_n759_;
  assign new_n771_ = ~new_n205_ | ~new_n703_ | ~new_n751_ | ~new_n764_ | ~new_n759_;
  assign new_n772_ = ~new_n205_ | ~new_n704_ | ~new_n751_ | ~new_n764_ | ~new_n759_;
  assign new_n773_ = ~new_n205_ | ~new_n702_ | ~new_n753_ | ~new_n764_ | ~new_n759_;
  assign new_n774_ = ~new_n205_ | ~new_n702_ | ~new_n751_ | ~new_n764_ | ~new_n758_;
  assign new_n775_ = ~new_n205_ | ~new_n702_ | ~new_n751_ | ~new_n763_ | ~new_n759_;
  assign new_n776_ = ~new_n291_ | ~new_n702_ | ~new_n752_ | ~new_n765_ | ~new_n760_;
  assign new_n777_ = ~new_n291_ | ~new_n703_ | ~new_n751_ | ~new_n765_ | ~new_n760_;
  assign new_n778_ = ~new_n291_ | ~new_n704_ | ~new_n751_ | ~new_n765_ | ~new_n760_;
  assign new_n779_ = ~new_n291_ | ~new_n702_ | ~new_n753_ | ~new_n765_ | ~new_n760_;
  assign new_n780_ = ~new_n291_ | ~new_n703_ | ~new_n752_ | ~new_n765_ | ~new_n759_;
  assign new_n781_ = ~new_n291_ | ~new_n704_ | ~new_n752_ | ~new_n766_ | ~new_n759_;
  assign new_n782_ = ~new_n291_ | ~new_n702_ | ~new_n754_ | ~new_n766_ | ~new_n759_;
  assign new_n783_ = ~new_n291_ | ~new_n705_ | ~new_n751_ | ~new_n766_ | ~new_n759_;
  assign new_n784_ = new_n291_ & new_n702_ & new_n752_ & new_n765_ & new_n760_;
  assign new_n785_ = new_n291_ & new_n703_ & new_n751_ & new_n765_ & new_n760_;
  assign new_n786_ = new_n291_ & new_n704_ & new_n751_ & new_n765_ & new_n760_;
  assign new_n787_ = new_n291_ & new_n702_ & new_n753_ & new_n765_ & new_n760_;
  assign new_n788_ = new_n291_ & new_n703_ & new_n752_ & new_n765_ & new_n759_;
  assign new_n789_ = new_n291_ & new_n704_ & new_n752_ & new_n766_ & new_n759_;
  assign new_n790_ = new_n291_ & new_n702_ & new_n754_ & new_n766_ & new_n759_;
  assign new_n791_ = new_n291_ & new_n705_ & new_n751_ & new_n766_ & new_n759_;
  assign new_n792_ = ~new_n292_ | ~new_n703_ | ~new_n753_ | ~new_n766_ | ~new_n759_;
  assign new_n793_ = ~new_n292_ | ~new_n704_ | ~new_n754_ | ~new_n766_ | ~new_n760_;
  assign new_n794_ = ~new_n292_ | ~new_n703_ | ~new_n752_ | ~new_n764_ | ~new_n761_;
  assign new_n795_ = ~new_n292_ | ~new_n704_ | ~new_n752_ | ~new_n764_ | ~new_n761_;
  assign new_n796_ = ~new_n292_ | ~new_n702_ | ~new_n754_ | ~new_n764_ | ~new_n761_;
  assign new_n797_ = ~new_n292_ | ~new_n703_ | ~new_n753_ | ~new_n764_ | ~new_n761_;
  assign new_n798_ = ~new_n292_ | ~new_n705_ | ~new_n752_ | ~new_n766_ | ~new_n761_;
  assign new_n799_ = ~new_n292_ | ~new_n703_ | ~new_n754_ | ~new_n766_ | ~new_n761_;
  assign new_n800_ = new_n292_ & new_n703_ & new_n753_ & new_n766_ & new_n759_;
  assign new_n801_ = new_n292_ & new_n704_ & new_n754_ & new_n766_ & new_n760_;
  assign new_n802_ = new_n292_ & new_n703_ & new_n752_ & new_n764_ & new_n761_;
  assign new_n803_ = new_n292_ & new_n704_ & new_n752_ & new_n764_ & new_n761_;
  assign new_n804_ = new_n292_ & new_n702_ & new_n754_ & new_n764_ & new_n761_;
  assign new_n805_ = new_n292_ & new_n703_ & new_n753_ & new_n764_ & new_n761_;
  assign new_n806_ = new_n292_ & new_n705_ & new_n752_ & new_n766_ & new_n761_;
  assign new_n807_ = new_n292_ & new_n703_ & new_n754_ & new_n766_ & new_n761_;
  assign new_n808_ = new_n775_ & new_n774_ & new_n773_ & new_n772_ & new_n771_ & new_n770_ & new_n768_ & new_n769_;
  assign new_n809_ = new_n783_ & new_n782_ & new_n781_ & new_n780_ & new_n779_ & new_n778_ & new_n776_ & new_n777_;
  assign new_n810_ = ~new_n783_ | ~new_n782_ | ~new_n781_ | ~new_n780_ | ~new_n779_ | ~new_n778_ | ~new_n776_ | ~new_n777_;
  assign new_n811_ = ~new_n784_;
  assign new_n812_ = ~new_n785_;
  assign new_n813_ = ~new_n786_;
  assign new_n814_ = ~new_n787_;
  assign new_n815_ = ~new_n788_;
  assign new_n816_ = ~new_n789_;
  assign new_n817_ = ~new_n790_;
  assign new_n818_ = ~new_n791_;
  assign new_n819_ = new_n799_ & new_n798_ & new_n797_ & new_n796_ & new_n795_ & new_n794_ & new_n792_ & new_n793_;
  assign new_n820_ = ~new_n799_ | ~new_n798_ | ~new_n797_ | ~new_n796_ | ~new_n795_ | ~new_n794_ | ~new_n792_ | ~new_n793_;
  assign new_n821_ = ~new_n800_;
  assign new_n822_ = ~new_n801_;
  assign new_n823_ = ~new_n802_;
  assign new_n824_ = ~new_n803_;
  assign new_n825_ = ~new_n804_;
  assign new_n826_ = ~new_n805_;
  assign new_n827_ = ~new_n806_;
  assign new_n828_ = ~new_n807_;
  assign new_n829_ = ~new_n807_ | ~new_n147_;
  assign new_n830_ = ~new_n806_ | ~new_n151_;
  assign new_n831_ = ~new_n805_ | ~new_n155_;
  assign new_n832_ = ~new_n804_ | ~new_n159_;
  assign new_n833_ = ~new_n803_ | ~new_n162_;
  assign new_n834_ = ~new_n802_ | ~new_n165_;
  assign new_n835_ = ~new_n801_ | ~new_n169_;
  assign new_n836_ = ~new_n800_ | ~new_n174_;
  assign new_n837_ = ~new_n791_ | ~new_n178_;
  assign new_n838_ = ~new_n790_ | ~new_n182_;
  assign new_n839_ = ~new_n789_ | ~new_n185_;
  assign new_n840_ = ~new_n788_ | ~new_n188_;
  assign new_n841_ = ~new_n787_ | ~new_n193_;
  assign new_n842_ = ~new_n786_ | ~new_n197_;
  assign new_n843_ = ~new_n785_ | ~new_n200_;
  assign new_n844_ = ~new_n784_ | ~new_n204_;
  assign new_n845_ = new_n808_ & new_n809_ & new_n819_;
  assign new_n846_ = ~new_n809_ | ~new_n819_;
  assign new_n847_ = new_n820_ & new_n64_;
  assign new_n848_ = new_n810_ & new_n65_;
  assign new_n849_ = ~new_n86_ | ~new_n828_;
  assign new_n850_ = ~new_n88_ | ~new_n827_;
  assign new_n851_ = ~new_n90_ | ~new_n826_;
  assign new_n852_ = ~new_n92_ | ~new_n825_;
  assign new_n853_ = ~new_n94_ | ~new_n824_;
  assign new_n854_ = ~new_n96_ | ~new_n823_;
  assign new_n855_ = ~new_n98_ | ~new_n822_;
  assign new_n856_ = ~new_n100_ | ~new_n821_;
  assign new_n857_ = ~new_n102_ | ~new_n818_;
  assign new_n858_ = ~new_n104_ | ~new_n817_;
  assign new_n859_ = ~new_n106_ | ~new_n816_;
  assign new_n860_ = ~new_n108_ | ~new_n815_;
  assign new_n861_ = ~new_n110_ | ~new_n814_;
  assign new_n862_ = ~new_n112_ | ~new_n813_;
  assign new_n863_ = ~new_n114_ | ~new_n812_;
  assign new_n864_ = ~new_n116_ | ~new_n811_;
  assign new_n865_ = ~new_n848_ | ~new_n676_;
  assign new_n866_ = ~new_n847_ | ~new_n677_;
  assign new_n867_ = ~new_n847_;
  assign new_n868_ = ~new_n848_;
  assign new_n869_ = new_n845_ & pi31 & new_n59_ & new_n762_;
  assign new_n870_ = new_n846_ & new_n231_ & new_n72_;
  assign new_n871_ = new_n846_ & new_n226_ & new_n72_;
  assign new_n872_ = new_n846_ & pi27 & new_n72_;
  assign new_n873_ = new_n846_ & pi26 & new_n72_;
  assign new_n874_ = new_n846_ & pi25 & new_n72_;
  assign new_n875_ = new_n846_ & pi24 & new_n72_;
  assign po06 = ~new_n829_ | ~new_n849_;
  assign po05 = ~new_n830_ | ~new_n850_;
  assign po15 = ~new_n831_ | ~new_n851_;
  assign po14 = ~new_n832_ | ~new_n852_;
  assign po13 = ~new_n833_ | ~new_n853_;
  assign po12 = ~new_n834_ | ~new_n854_;
  assign po04 = ~new_n835_ | ~new_n855_;
  assign po11 = ~new_n836_ | ~new_n856_;
  assign po10 = ~new_n837_ | ~new_n857_;
  assign po09 = ~new_n838_ | ~new_n858_;
  assign po08 = ~new_n839_ | ~new_n859_;
  assign po07 = ~new_n840_ | ~new_n860_;
  assign po03 = ~new_n841_ | ~new_n861_;
  assign po02 = ~new_n842_ | ~new_n862_;
  assign po01 = ~new_n843_ | ~new_n863_;
  assign po00 = ~new_n844_ | ~new_n864_;
  assign po16 = ~new_n767_ & ~new_n869_;
  assign new_n893_ = ~new_n657_ | ~new_n868_;
  assign new_n894_ = ~new_n658_ | ~new_n867_;
  assign new_n895_ = ~new_n870_;
  assign new_n896_ = ~new_n871_;
  assign new_n897_ = ~new_n872_;
  assign new_n898_ = ~new_n873_;
  assign new_n899_ = ~new_n874_;
  assign new_n900_ = ~new_n875_;
  assign new_n901_ = ~new_n875_ | ~new_n707_;
  assign new_n902_ = ~new_n870_ | ~new_n708_;
  assign new_n903_ = ~new_n871_ | ~new_n648_;
  assign new_n904_ = ~new_n872_ | ~new_n610_;
  assign new_n905_ = ~new_n874_ | ~new_n655_;
  assign new_n906_ = ~new_n873_ | ~new_n638_;
  assign new_n907_ = ~new_n865_ | ~new_n893_;
  assign new_n908_ = ~new_n866_ | ~new_n894_;
  assign new_n909_ = ~new_n695_ | ~new_n900_;
  assign new_n910_ = ~new_n696_ | ~new_n895_;
  assign new_n911_ = ~new_n630_ | ~new_n896_;
  assign new_n912_ = ~new_n590_ | ~new_n897_;
  assign new_n913_ = ~new_n636_ | ~new_n899_;
  assign new_n914_ = ~new_n618_ | ~new_n898_;
  assign new_n915_ = ~new_n907_;
  assign new_n916_ = ~new_n908_;
  assign new_n917_ = ~new_n907_ | ~new_n209_;
  assign new_n918_ = ~new_n908_ | ~new_n210_;
  assign new_n919_ = ~new_n909_ | ~new_n901_;
  assign new_n920_ = ~new_n910_ | ~new_n902_;
  assign new_n921_ = ~new_n911_ | ~new_n903_;
  assign new_n922_ = ~new_n912_ | ~new_n904_;
  assign new_n923_ = ~new_n913_ | ~new_n905_;
  assign new_n924_ = ~new_n914_ | ~new_n906_;
  assign po17 = new_n920_ & new_n117_;
  assign po18 = new_n118_ & new_n919_;
  assign po19 = new_n120_ & new_n924_;
  assign po20 = new_n922_ & new_n121_;
  assign po21 = new_n122_ & new_n921_;
  assign new_n930_ = ~new_n125_ | ~new_n915_;
  assign new_n931_ = ~new_n126_ | ~new_n916_;
  assign new_n932_ = ~new_n923_ | ~new_n417_;
  assign new_n933_ = ~new_n923_;
  assign po22 = ~new_n917_ | ~new_n930_;
  assign po23 = ~new_n918_ | ~new_n931_;
  assign new_n936_ = ~new_n389_ | ~new_n933_;
  assign new_n937_ = ~new_n932_ | ~new_n936_;
  assign po24 = new_n937_ & new_n119_;
endmodule